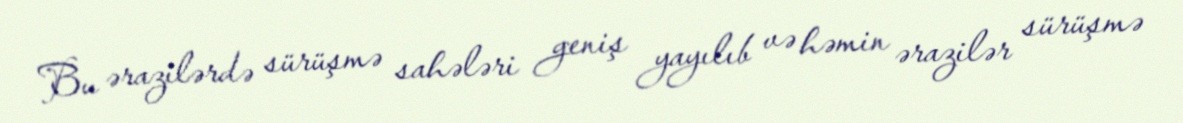
Bu ərazilərdə sürüşmə sahələri geniş yayılıb və həmin ərazilər sürüşmə